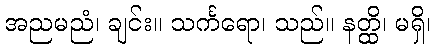
အညမညံ၊ ချင်း။ သင်္ကရော၊ သည်။ နတ္ထိ၊ မရှိ၊